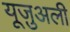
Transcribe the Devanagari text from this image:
यूज़ुअली